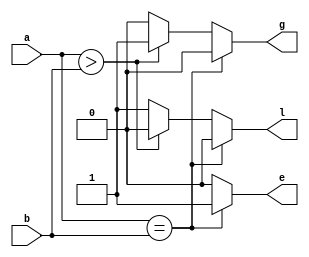
module comparator(
    input [1:0]a,b,
    output e,l,g
    );

reg e,l,g;
always@(a,b)
begin
if(a==b)
begin
e=1;
l=0;
g=0;
end
else if(a>b)
begin
e=0;
l=0;
g=1;
end
else
begin
e=0;
l=1;
g=0;
end
end
endmodule